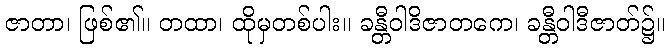
ဇာတာ၊ ဖြစ်၏။ တထာ၊ ထိုမှတစ်ပါး။ ခန္တီဝါဒိဇာတကေ၊ ခန္တီဝါဒီဇာတ်၌။